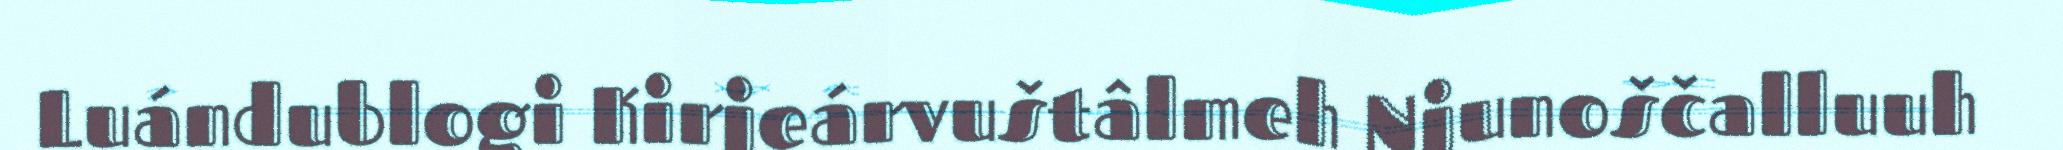
Luándublogi Kirjeárvuštâlmeh Njunoščalluuh